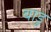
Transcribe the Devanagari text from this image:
बाडु